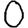
Digit: 0